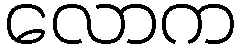
လောက